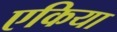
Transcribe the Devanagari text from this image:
एकिया